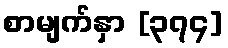
စာမျက်နှာ [၃၇၄]